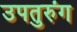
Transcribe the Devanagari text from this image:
उपतुरुंग